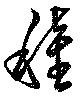
穜